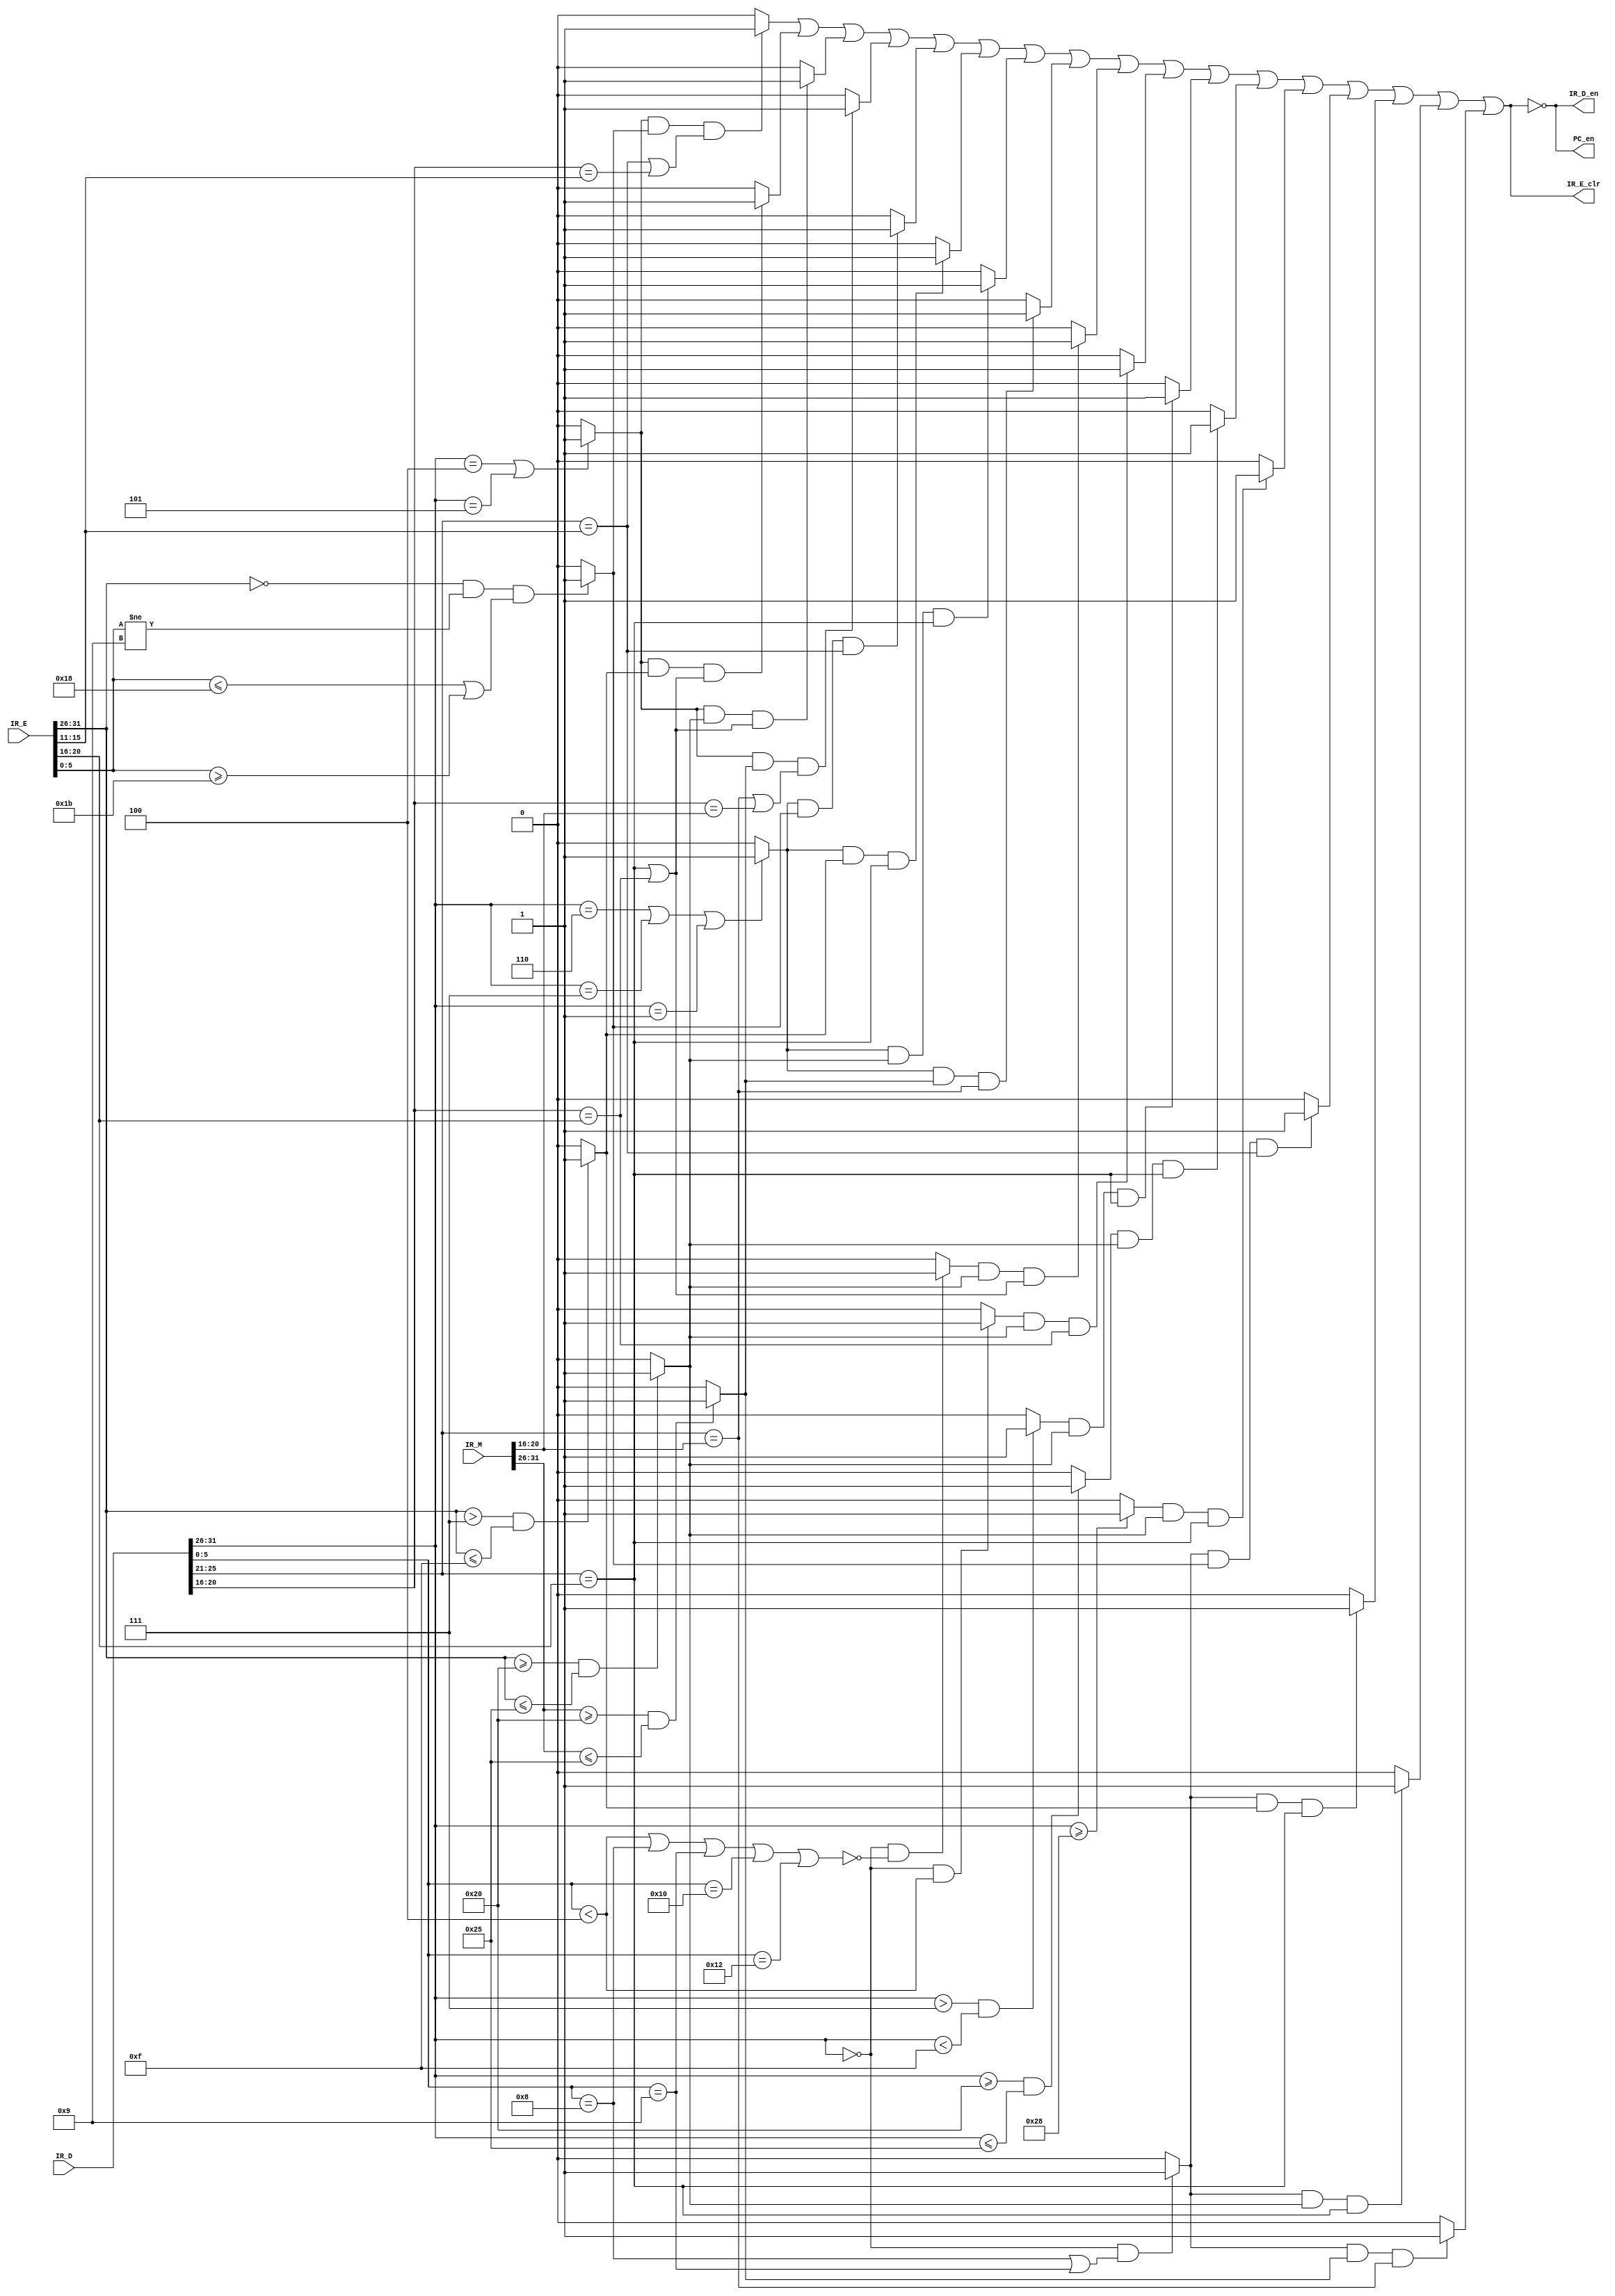
module PAUSE_ctrl(IR_D,IR_E,IR_M,PC_en,IR_D_en,IR_E_clr);
  `define OP 31:26
  `define RS 25:21
  `define RT 20:16
  `define RD 15:11
  `define funct 5:0
  input [31:0]IR_D,//now instruction
              IR_E,//last instruction
              IR_M;//last last instruction
  output reg PC_en,    //forbid PC:  PC.en = !stall
         IR_D_en,   //forbid IF_ID:  IR_D.en = !stall
         IR_E_clr;  //clear ID/EX: IR_E.clr = stall
  wire D_beq_bne;//beq/bne
  wire D_bz;//blez/bgez/bltz/bgtz
  wire D_cal_r;//no sll/srl/sra/jr/jalr/mfhi/mflo
  wire D_s;//sll/srl/sra
  wire D_cal_i;//no LUI
  wire D_load;
  wire D_store;
  wire D_jr;//jalr/jr
  wire E_cal_r_njalr;//no jalr/mult/multu/div/divu
  wire E_cal_i;//contain LUI
  wire E_load;
  wire M_load;
  
  wire stall_be_cal_r;
  wire stall_be_cal_i;
  wire stall_be_load;
  wire stall_be_load_M;
  
  wire stall_bz_cal_r;
  wire stall_bz_cal_i;
  wire stall_bz_load;
  wire stall_bz_load_M;
  
  wire stall_cal_r_load;
  wire stall_s_load;
  wire stall_cal_i_load;
  wire stall_load_load;
  wire stall_store_load;
  wire stall_jr_cal_r;
  wire stall_jr_cal_i;
  wire stall_jr_load;
  wire stall_jr_load_M;
  
  wire stall;
  assign D_beq_bne=(IR_D[`OP]==4||IR_D[`OP]==5)?1:0;
  assign D_bz=(IR_D[`OP]==6||IR_D[`OP]==7||IR_D[`OP]==1)?1:0;
  assign D_cal_r=(IR_D[`OP]==0&&
       (!(IR_D[`funct]<4||IR_D[`funct]==8||IR_D[`funct]==9||IR_D[`funct]=='h10||IR_D[`funct]=='h12)))?1:0;
  assign D_s=(IR_D[`OP]==0&&IR_D[`funct]<4)?1:0;
  assign D_cal_i=(IR_D[`OP]>7&&IR_D[`OP]<'hf)?1:0;
  assign D_load=(IR_D[`OP]>='h20&&IR_D[`OP]<='h25)?1:0;
  assign D_store=(IR_D[`OP]>='h28)?1:0;
  assign D_jr=(IR_D[`OP]==0&&(IR_D[`funct]==8||IR_D[`funct]==9))?1:0;
  
  assign E_cal_r_njalr=(IR_E[`OP]==0&&IR_E[`funct]!=9&&(IR_E[`funct]<='h18||IR_E[`funct]>='h1b))?1:0;
  assign E_cal_i=(IR_E[`OP]>7&&IR_E[`OP]<='hf)?1:0;
  assign E_load=(IR_E[`OP]>='h20&&IR_E[`OP]<='h25)?1:0;
  
  assign M_load=(IR_M[`OP]>='h20&&IR_M[`OP]<='h25)?1:0;
  
  assign stall_be_cal_r=(D_beq_bne&&E_cal_r_njalr&&(IR_D[`RS]==IR_E[`RD]||IR_D[`RT]==IR_E[`RD]))?1:0;
  assign stall_be_cal_i=(D_beq_bne&&E_cal_i&&(IR_D[`RS]==IR_E[`RT]||IR_D[`RT]==IR_E[`RT]))?1:0;
  assign stall_be_load=(D_beq_bne&&E_load&&(IR_D[`RS]==IR_E[`RT]||IR_D[`RT]==IR_E[`RT]))?1:0;
  assign stall_be_load_M=(D_beq_bne&&M_load&&(IR_D[`RS]==IR_M[`RT]||IR_D[`RT]==IR_M[`RT]))?1:0;

  assign stall_bz_cal_r=(D_bz&&E_cal_r_njalr&&IR_D[`RS]==IR_E[`RD])?1:0;
  assign stall_bz_cal_i=(D_bz&&E_cal_i&&IR_D[`RS]==IR_E[`RT])?1:0;
  assign stall_bz_load=(D_bz&&E_load&&IR_D[`RS]==IR_E[`RT])?1:0;
  assign stall_bz_load_M=(D_bz&&M_load&&IR_D[`RS]==IR_M[`RT])?1:0;

  assign stall_cal_r_load=(D_cal_r&&E_load&&(IR_D[`RS]==IR_E[`RT]||IR_D[`RT]==IR_E[`RT]))?1:0; 
  assign stall_s_load=(D_s&&E_load&&(IR_D[`RT]==IR_E[`RT]))?1:0; 
  assign stall_cal_i_load=(D_cal_i&&E_load&&(IR_D[`RS]==IR_E[`RT]))?1:0;
  assign stall_load_load=(D_load&&E_load&&(IR_D[`RS]==IR_E[`RT]))?1:0;
  assign stall_store_load=(D_store&&E_load&&(IR_D[`RS]==IR_E[`RT]))?1:0;
  
  assign stall_jr_cal_r=(D_jr&&E_cal_r_njalr&&(IR_D[`RS]==IR_E[`RD]))?1:0;  
  assign stall_jr_cal_i=(D_jr&&E_cal_i&&(IR_D[`RS]==IR_E[`RT]))?1:0;
  assign stall_jr_load=(D_jr&&E_load&&(IR_D[`RS]==IR_E[`RT]))?1:0;
  assign stall_jr_load_M=(D_jr&&M_load&&(IR_D[`RS]==IR_M[`RT]))?1:0;
  
  assign stall=stall_be_cal_r||stall_be_cal_i||stall_be_load||stall_be_load_M||
               stall_bz_cal_r||stall_bz_cal_i||stall_bz_load||stall_bz_load_M||
               stall_cal_r_load||stall_s_load||stall_cal_i_load||stall_load_load||
               stall_store_load||stall_jr_cal_r||stall_jr_cal_i||stall_jr_load||stall_jr_load_M;
  
  initial
  begin
     PC_en<=1;
     IR_D_en<=1;
     IR_E_clr<=0;
  end
         
  always@(*)
   begin
     PC_en<=!stall;
     IR_D_en<=!stall;
     IR_E_clr<=stall;
   end      
 endmodule